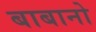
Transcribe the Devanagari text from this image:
बाबानो